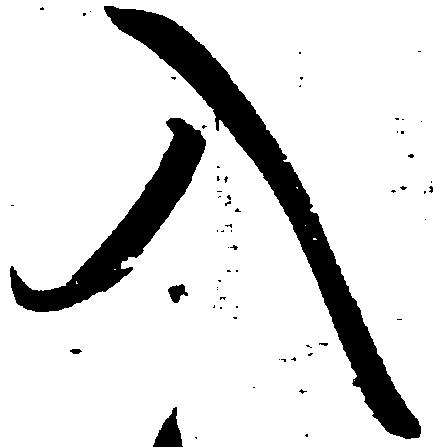
入